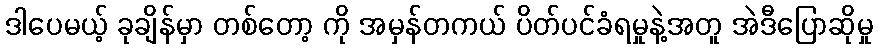
ဒါပေမယ့် ခုချိန်မှာ တစ်တော့ ကို အမှန်တကယ် ပိတ်ပင်ခံရမှုနဲ့အတူ အဲဒီပြောဆိုမှု